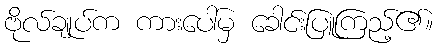
ဗိုလ်ချုပ်က ကားပေါ်မှ ခေါင်းပြူကြည့်၏။